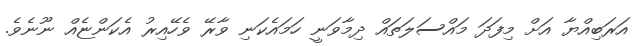
އަރަބިއްޔާ އަށް މިފަދަ މައްސަލަތައް ދިމާވަނީ ހަމައެކަނި ވާރޭ ވެހޭއިރު އެކަންޏެއް ނޫނެވެ.